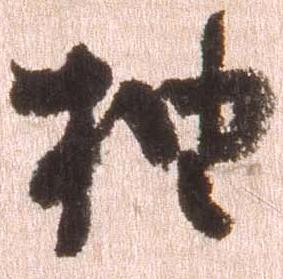
抽